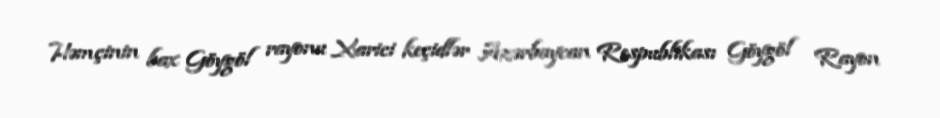
Həmçinin bax Göygöl rayonu Xarici keçidlər Azərbaycan Respublikası Göygöl Rayon